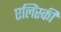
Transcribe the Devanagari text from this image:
एलिंस्की